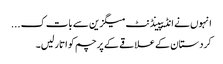
انہوں نے انڈیپینڈنٹ میگزین سے بات ک ...
کردستان کے علاقے کے پرچم کو اتار لیں۔